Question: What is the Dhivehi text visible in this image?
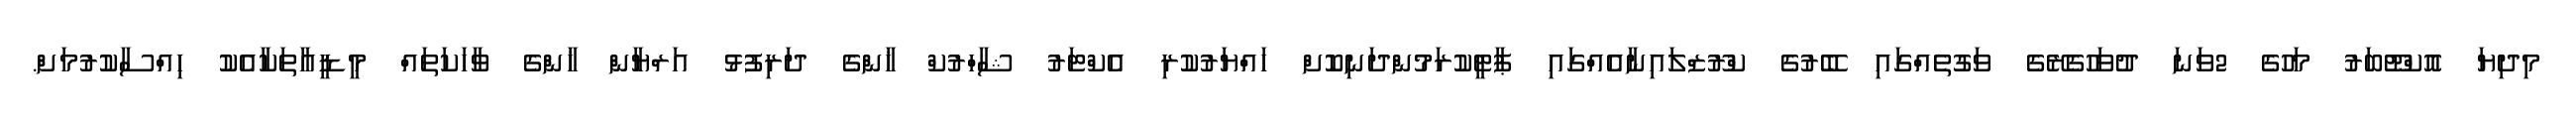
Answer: މިދިޔަ އޮކްޓޫބަރު މަހުގެ 2ވަނަ ދުވަހުގެރޭގެ ވަގުތެއްގައި ބޭރުގެ ކްރޫޒްލައިނާއެއްގައި ޕާޓީކުރަމުންދަނިކޮށް ހައްޔަރުކުރި އެކްޓަރު ޝާހްރުކް ޚާންގެ ދަރިފުޅު އަރްޔާން ޚާންގެ ވާހަކަތައް މީޑީއާތަކާއެކު ހިއްސާކުރުމަށް.